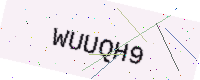
Text: WUUQH9